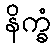
နိက္ခံ